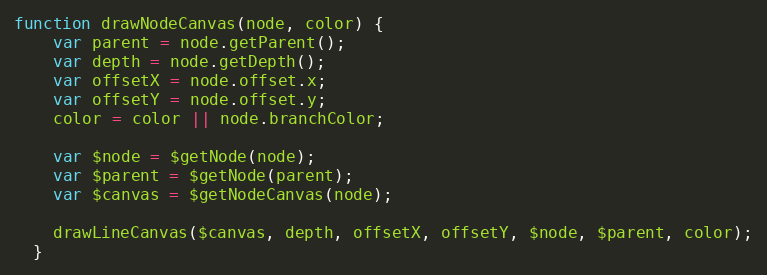
Language: JavaScript
function drawNodeCanvas(node, color) {
    var parent = node.getParent();
    var depth = node.getDepth();
    var offsetX = node.offset.x;
    var offsetY = node.offset.y;
    color = color || node.branchColor;

    var $node = $getNode(node);
    var $parent = $getNode(parent);
    var $canvas = $getNodeCanvas(node);

    drawLineCanvas($canvas, depth, offsetX, offsetY, $node, $parent, color);
  }